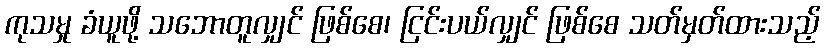
ကုသမှု ခံယူဖို့ သဘောတူလျှင် ဖြစ်စေ၊ ငြင်းပယ်လျှင် ဖြစ်စေ သတ်မှတ်ထားသည့်